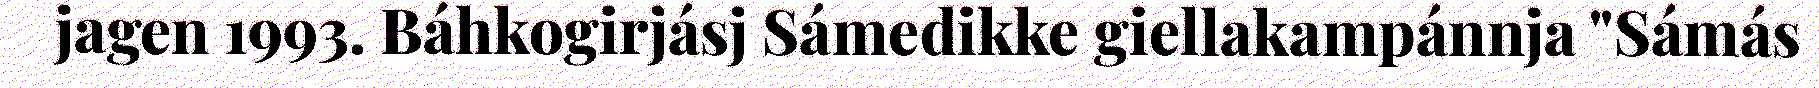
jagen 1993. Báhkogirjásj Sámedikke giellakampánnja "Sámás